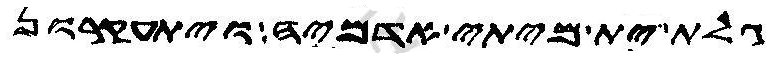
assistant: גלת ית מיתי אדמיה ויתעקרון